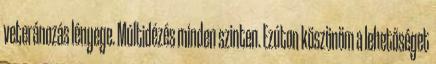
veteránozás lényege. Múltidézés minden szinten. Ezúton köszönöm a lehetőséget